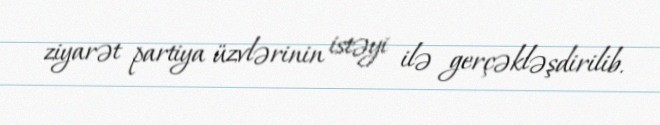
ziyarət partiya üzvlərinin istəyi ilə gerçəkləşdirilib.